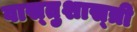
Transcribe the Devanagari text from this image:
वास्‍तुशास्‍त्री